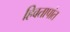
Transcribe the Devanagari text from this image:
हिवतापांत